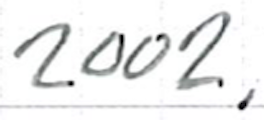
Text: 2002,
Cross-out: clean
Writing tool: ballpoint